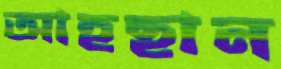
আহছান